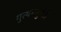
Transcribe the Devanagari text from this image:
गुत्थमगुथ्ती